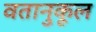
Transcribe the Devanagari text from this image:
वतानुकूल